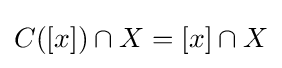
C([x])\cap X=[x]\cap X